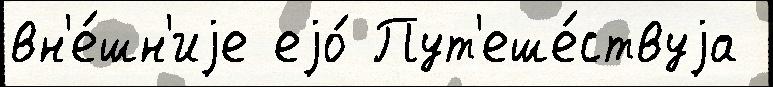
вн'е́шн'иjе еjо́ Пут'еше́ствуjа